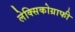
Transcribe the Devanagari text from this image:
लेक्सिकोग्राफी